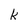
Character: k